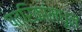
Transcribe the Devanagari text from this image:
पत्रिकांमधून